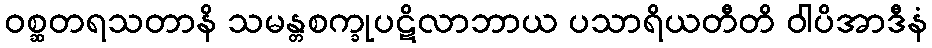
ဝစ္ဆတရသတာနိ သမန္တစက္ခုပဋိလာဘာယ ပသာရိယတီတိ ဝါပိအာဒီနံ